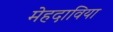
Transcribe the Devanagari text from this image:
मेहदाविया